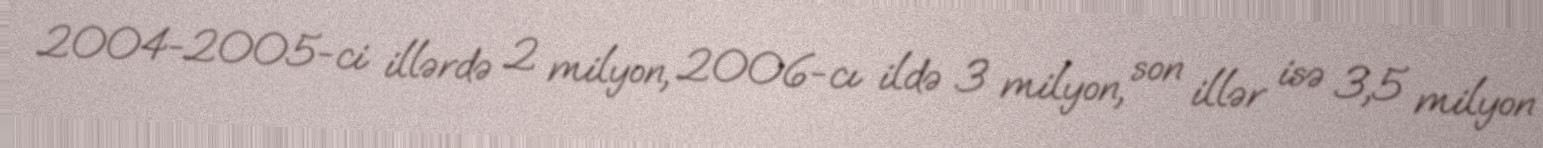
2004-2005-ci illərdə 2 milyon, 2006-cı ildə 3 milyon, son illər isə 3,5 milyon